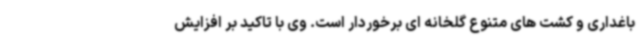
باغداری و کشت های متنوع گلخانه ای برخوردار است. وی با تاکید بر افزایش